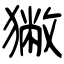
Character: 獙